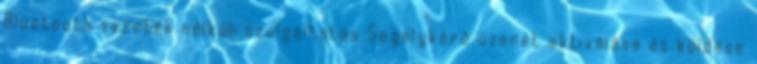
Bluetooth vezeték nélküli szolgáltatás Segélykérő üzenet aktiválása és küldése